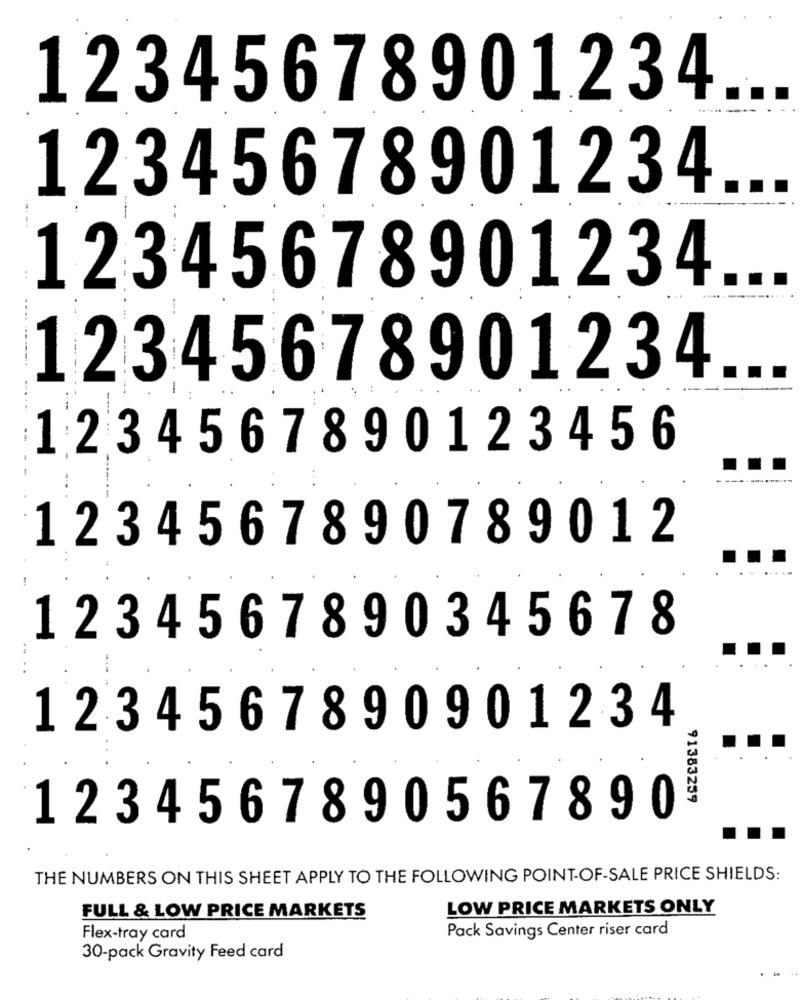
12345678901234
12345678901234
12345678901234
12345678901234
1234567890123456
1234567890789012
1234567890345678
1234567890901234
91383259
1234567890567890
THE NUMBERS ON THIS SHEET APPLY TO THE FOLLOWING POINT-OF-SALE PRICE SHIELDS:
LOW PRICE MARKETS ONLY
FULL & LOW PRICE MARKETS
Pack Savings Center riser card
Flex-tray card
30-pack Gravity Feed card